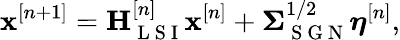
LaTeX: \mathbf{x}^{[n+1]}=\mathbf{H}_{\mathrm{~L~S~I~}}^{[n]}\mathbf{x}^{[n]}+\boldsymbol{\Sigma}_{\mathrm{~S~G~N~}}^{1/2}\boldsymbol{\eta}^{[n]},